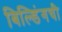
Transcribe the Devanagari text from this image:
बिल्डिंगची